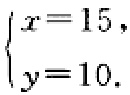
\(\begin{cases}

x = 15,\\

y = 10.

\end{cases}\)